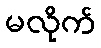
မလိုက်